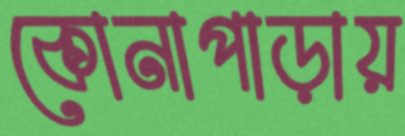
কোনাপাড়ায়